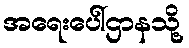
အရေးပေါ်ဌာနသို့